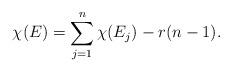
LaTeX: \begin{align*}\chi(E) = \sum\limits_{j=1}^n \chi(E_j) - r(n-1).\end{align*}